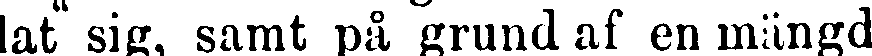
lat sig, samt på grund af en mängd